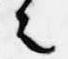
之